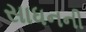
સાધનની